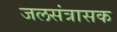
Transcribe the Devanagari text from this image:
जलसंत्रासक